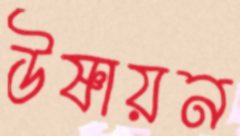
উষ্ণায়ন